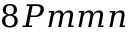
8 P m m n